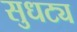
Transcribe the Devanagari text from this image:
सुधट्य